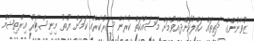
ޒުވާނުންގެ ދަތިތައް ހައްލުކޮށްދެއްވުމަށް މަސައްކަތް ކުރާނެ ސަރުކާރެއް ކަަމަށް ޔޫތު މިނިސްޓަރު އިރްތިޝާމް